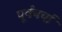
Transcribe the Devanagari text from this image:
पूर्वचर्चा